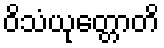
ဝိသံယုတ္တောတိ